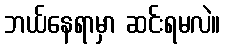
ဘယ်နေရာမှာ ဆင်းရမလဲ။